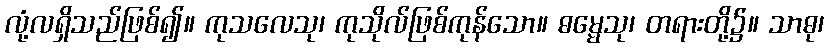
လုံ့လရှိသည်ဖြစ်၍။ ကုသလေသု၊ ကုသိုလ်ဖြစ်ကုန်သော။ ဓမ္မေသု၊ တရားတို့၌။ သာဓု၊